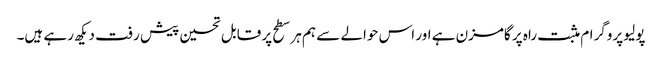
پولیو پروگرام مثبت راہ پر گامزن ہے اور اس حوالے سے ہم ہر سطح پر قابل تحسین پیش رفت دیکھ رہے ہیں۔